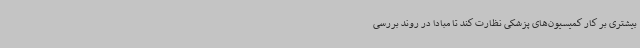
بیشتری بر کار کمیسیون‌های پزشکی نظارت کند تا مبادا در روند بررسی